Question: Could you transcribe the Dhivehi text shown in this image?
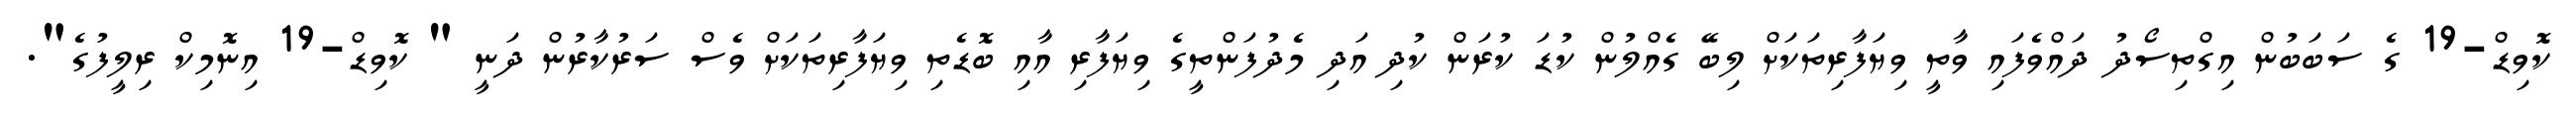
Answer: ކޮވިޑް-19 ގެ ސަބަބުން އިގްތިސޯދު ދައްވެފައި ވާތީ ވިޔަފާރިތަކަށް ލިބޭ ގެއްލުން ކުޑަ ކުރަން ކުދި އަދި މެދުފަންތީގެ ވިޔަފާރި އާއި ބޮޑެތި ވިޔަފާރިތަކަށް ވެސް ސަރުކާރުން ދަނީ " ކޮވިޑް-19 އިނޮމިކް ރިލީފުގެ".